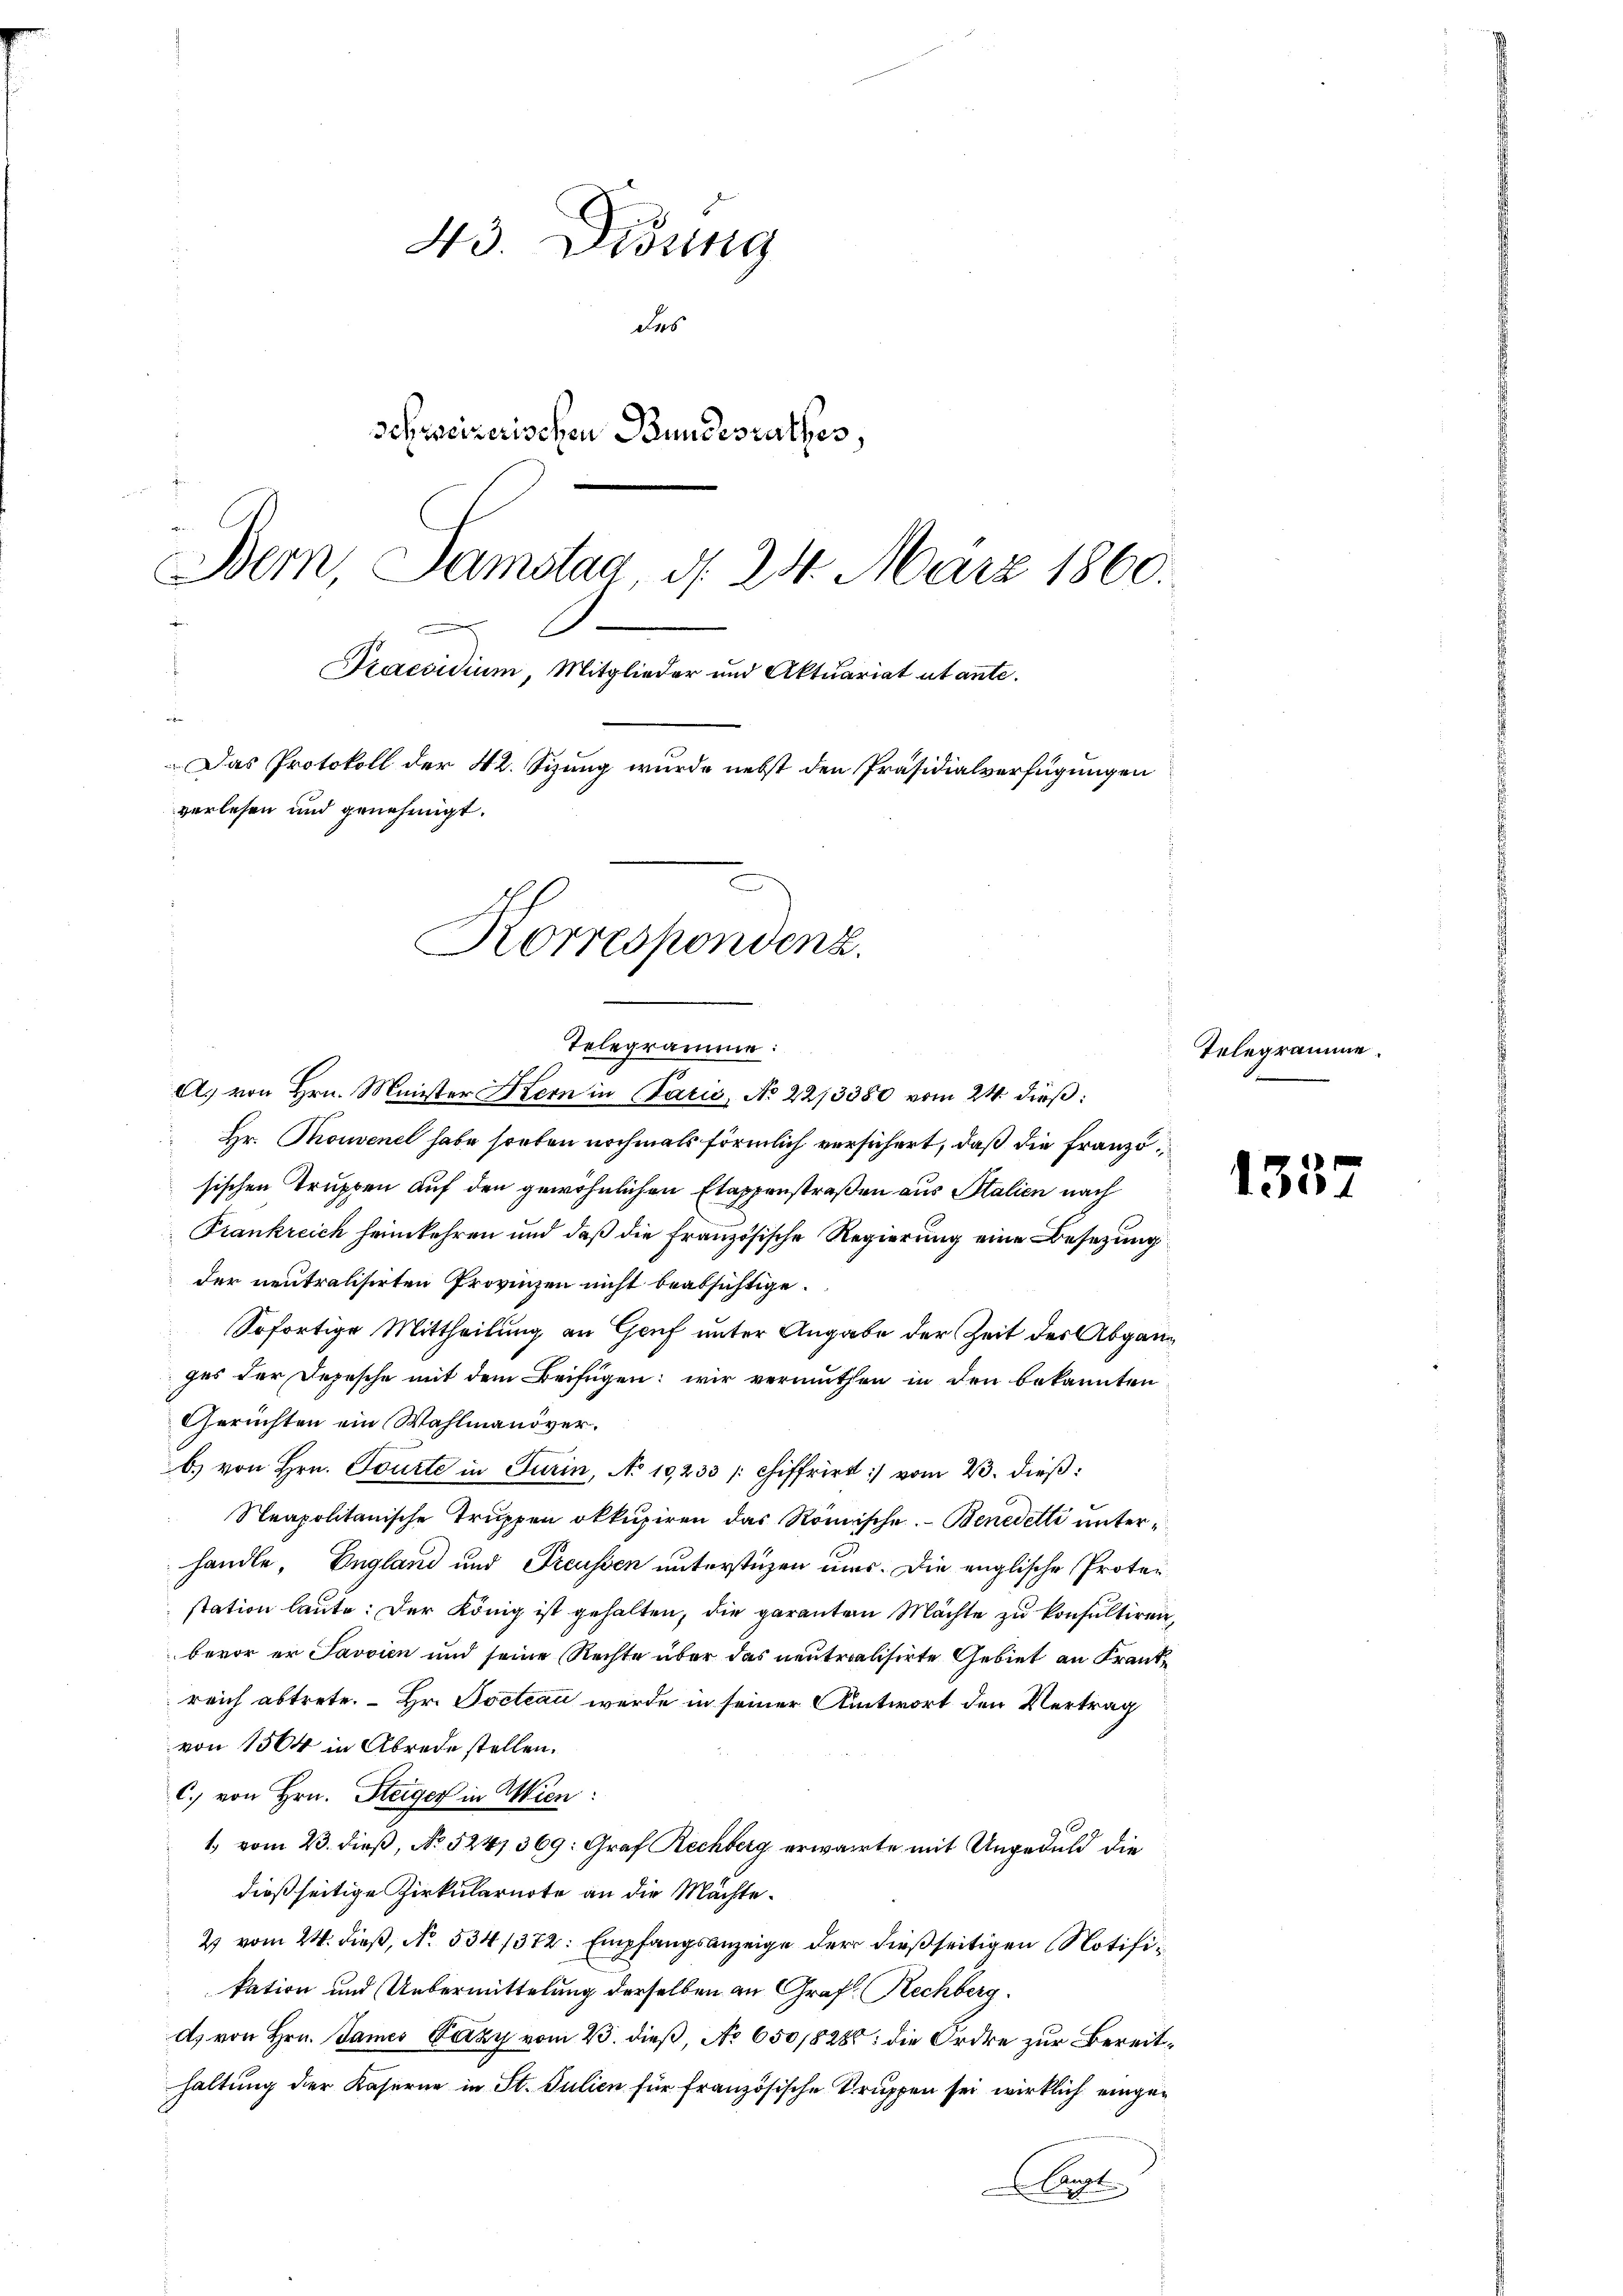
43. Didung
des
schweizerischen Bundesrathes,
Dem Samstag d. 24. März 1860.
)
Praesidium, Mitglieder und Aktuariat utante.
f
Das Protokoll der 42. Sizung wurde nebst den Präsidialverfügungen
verlesen und genehmigt.
Korrespondenz.

A. von Hrn. Minister Stern in Paris, No 22/3380 vom 24. dieß:
 Hr. Thouvenel habe soeben nochmals förmlich versichert, daß die Französischen Truppen auf den gewöhnlichen Etappenstraßen aus Italien nach
Frankreich heimkehren und daß die französische Regierung eine Besetzung
der neutralisirten Provinzen nicht beabsichtige.
Sofortige Mittheilung an Genf unter Angabe der Zeit der Abgang
ges der Depesche mit dem Beifügen: wir vermuthen in den bekannten
Gerichten ein Wahlmanöverb) von Hrn. Tourte in Turin, No 10233 [Chiffrirt vom 23. dieß:
Neapolitanische Truppen okkupiren das Römische Benedetti unterhandle, England und Treussen unterstüzen uns. Die englische Protestation laute: Der König ist gehalten, die garanten Mächte zu konsultiren,
bevor er Javvien und seine Rechte über das neutralisirte Gebiet an Frantreich abtrete. Hr. Pocteau werde in seiner Antwort den Vertrag
von 1564 in Abrede stellen.
C. von Hrn. Steiger in Wien:
1. vom 23. dieß, No 5247369: Graf Rechberg erwarte mit Ungeduld die
dießseitige Zirkularnote an die Machte.
2 vom 24. dieβ, No. 534/372: Empfangsanzeige der dießseitigen Notifikation und Uebermittelung derselben an Graf. Rechberg.
d. von Hrn. James Lazy vom 23. dieß, No 650/828: die Ordre zur Bereithaltung der Kaserne in St. Julien für französische Truppen sei wirklich einget

Telegramme:

Telegramme.

1352